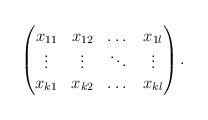
LaTeX: \begin{align*}\begin{pmatrix} x_{11} & x_{12} & \dots & x_{1l} \\ \vdots & \vdots & \ddots & \vdots \\ x_{k1} & x_{k2} & \dots & x_{kl}\end{pmatrix}.\end{align*}